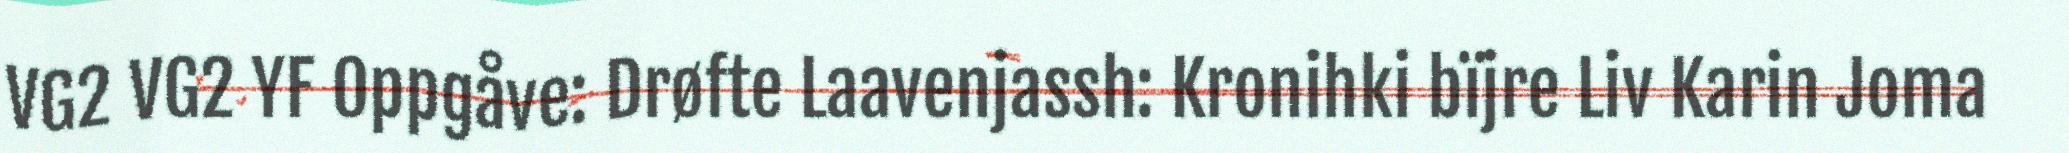
VG2 VG2 YF Oppgåve: Drøfte Laavenjassh: Kronihki bïjre Liv Karin Joma